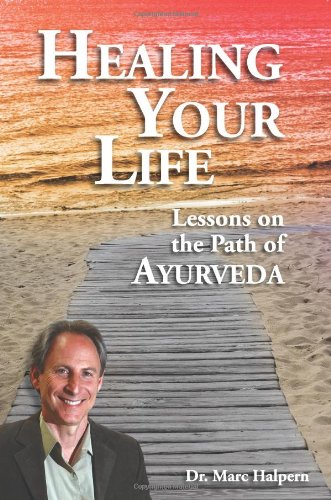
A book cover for Healing Your Life: Lessons on the Path of Ayurveda; Marc Halpern; Health, Fitness & Dieting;